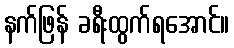
နက်ဖြန် ခရီးထွက်ရအောင်။